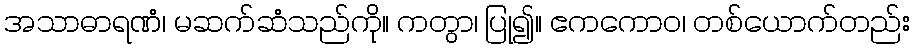
အသာဓာရဏံ၊ မဆက်ဆံသည်ကို။ ကတွာ၊ ပြု၍။ ဧကကောဝ၊ တစ်ယောက်တည်း